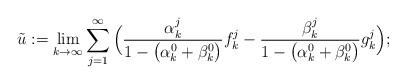
LaTeX: \begin{align*} \tilde{u}:=\lim_{k\to \infty} \sum_{j=1}^\infty \Big( \frac{\alpha^j_k}{1-\big(\alpha^0_k+\beta^0_k\big)}f^j_k - \frac{\beta^j_k}{1-\big(\alpha^0_k+\beta^0_k\big)}g^j_k \Big);\end{align*}